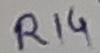
Text: R14